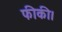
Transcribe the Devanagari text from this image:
फीकी।